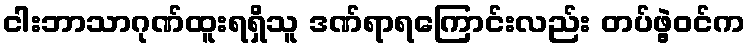
ငါးဘာသာဂုဏ်ထူးရရှိသူ ဒဏ်ရာရကြောင်းလည်း တပ်ဖွဲ့ဝင်က